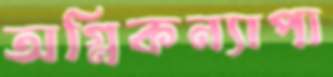
অগ্নিকন্যাপা